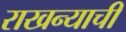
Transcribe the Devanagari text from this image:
राखन्याची